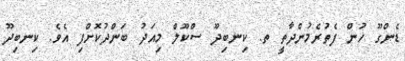
ޑެންގޫ ހުން ފެތުރެމުންދާތީ ތ. ކިނބިދޫ ސްކޫލް މިއަދު ބަންދުކޮށްފި އެވެ. ކިނބިދޫ